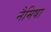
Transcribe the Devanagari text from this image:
नैमिषा